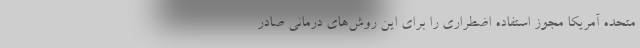
متحده آمریکا مجوز استفاده اضطراری را برای این روش‌های درمانی صادر